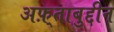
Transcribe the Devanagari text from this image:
अफ़्ताबुद्दीन